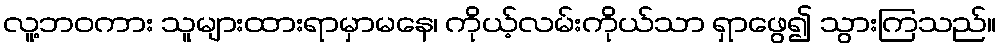
လူ့ဘဝကား သူများထားရာမှာမနေ၊ ကိုယ့်လမ်းကိုယ်သာ ရှာဖွေ၍ သွားကြသည်။